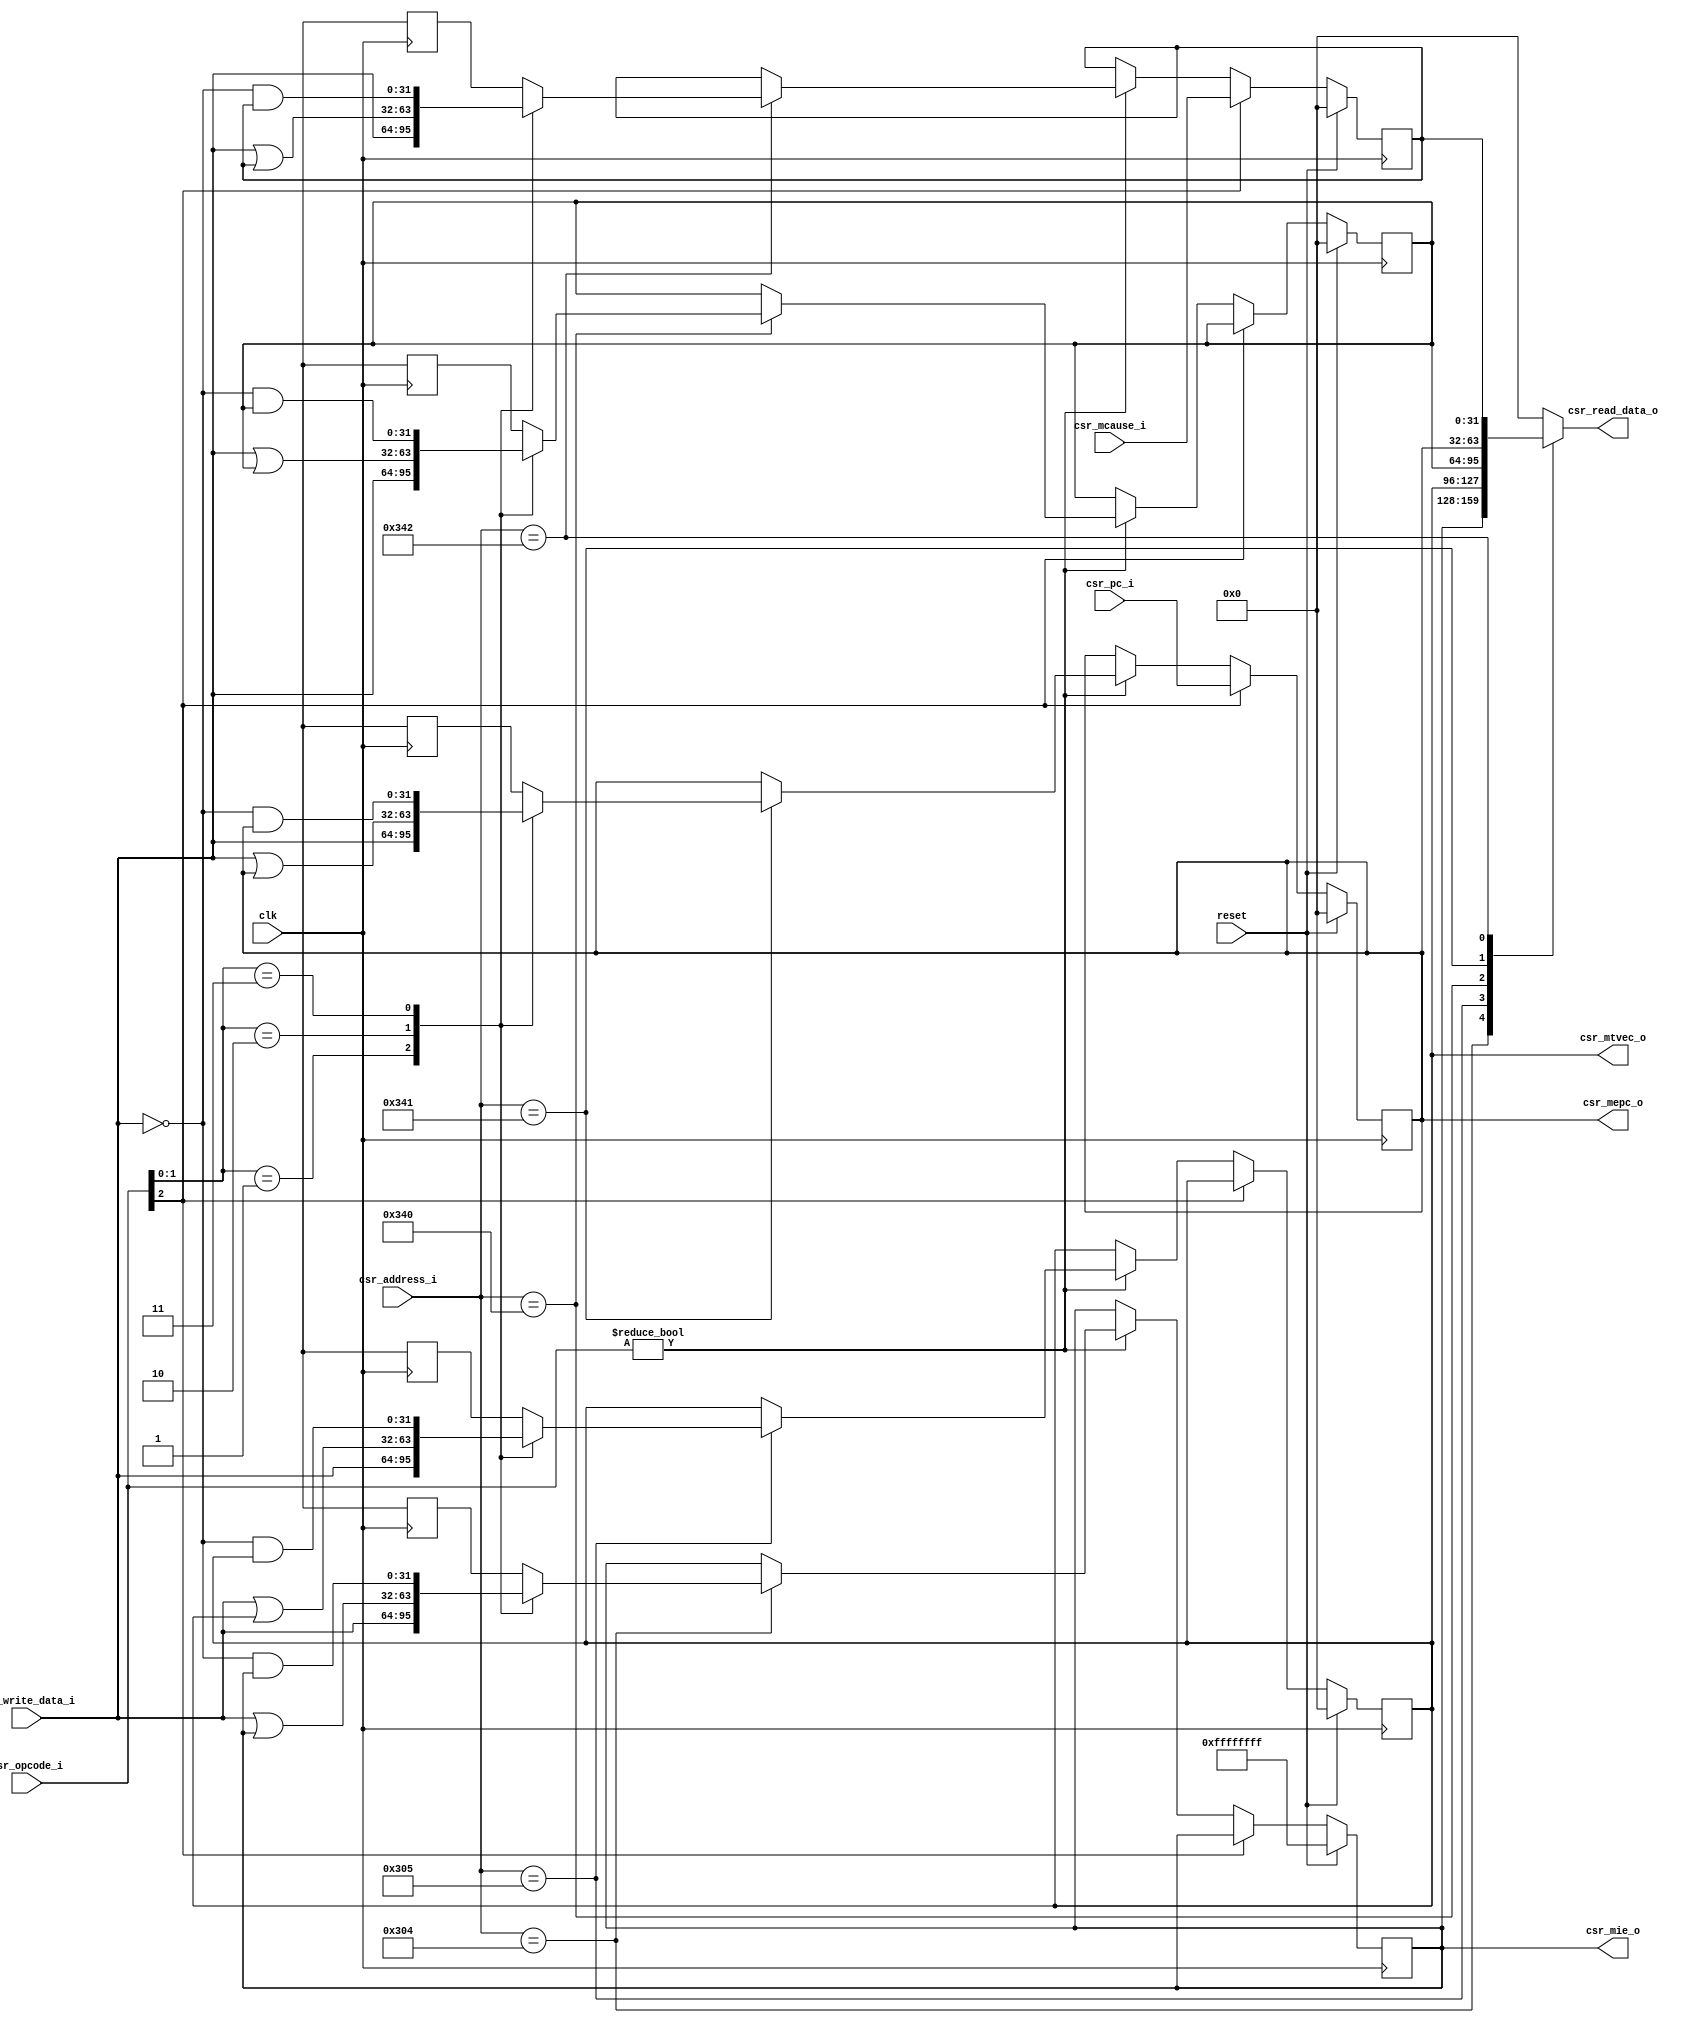
`timescale 1ns / 1ps
////////////////////////////////////////////////////////////////////////////////
// Company: Miet
// 
// Design Name: RISC-V
// Module Name: riscv_csr
// Project Name: RISC-V
// Target Devices: any
// Tool Versions: 2021.2
// Description:
//   sync module
//
// Parameters:
//
// Dependencies:
// 
// Revision: v1.0
//  - v0.1 - file Created
//  - v1.0 - done for stage-6
//
// Additional Comments:
// 
////////////////////////////////////////////////////////////////////////////////

module miriscv_csr(clk, reset, csr_opcode_i, csr_mcause_i, csr_pc_i,
    csr_address_i, csr_write_data_i, csr_mie_o, csr_mtvec_o, csr_mepc_o,
    csr_read_data_o);

// ---------------------------------- CSR I/O ----------------------------------
input           clk;
/*

*/
input           reset;
/*

*/

input   [2:0]   csr_opcode_i;
/*
    opcode for csr
    csr_opcode_i[2]:
      1: new interrupt occured, and `csr_pc_i` will be placed to `mepc` register
        and `csr_mcause_i` will be placed to `mcause` register
      0: currently no interruptions

    csr_opcode_i[1:0]:
      00: csr is disabled
      01: csrrw instruction operation
      10: csrrs instruction operation
      11: csrrc instruction operation
*/
input   [31:0]  csr_mcause_i;
/*
    interrupt cause (from interrupt controller)
*/
input   [31:0]  csr_pc_i;
/*
    program counter value to save it to `mepc` register
*/
input   [11:0]  csr_address_i;
/*
    address of csr register to read/write from
*/
input   [31:0]  csr_write_data_i;
/*
    data to write to csr registers
*/

output  [31:0]  csr_mie_o;
/*
    mask interrupt enable - mask shows which interrupts are disabled or enabled
*/
output  [31:0]  csr_mtvec_o;
/*
    forwarded value from mtvec register
*/
output  [31:0]  csr_mepc_o;
/*
    forwaeded value from mepc register
*/
output  [31:0]  csr_read_data_o;
/*
    data read from register by `address` address
*/

// =============================================================================
// --------------------------------- REGISTERS ---------------------------------
reg     [31:0]  mie;
/*
    machine interrupt-enable register - mask shows which interrupts are disabled
    or enabled
*/
reg     [31:0]  mtvec;
/*
    machine trap-handler base address - addres of interrupt handler subroutine
*/
reg     [31:0]  mscratch;
/*
    scratch register for trap handlers - address of stack top for interrupt
    handler to save registers values
*/
reg     [31:0]  mepc;
/*
    machine exception program counter - address of instruction where exception
    accured
*/
reg     [31:0]  mcause;
/*
    machine trap cause - id of interrution
*/

// -------------------------------- WIRE ASSIGNS -------------------------------
assign  csr_mie_o       = mie;
assign  csr_mtvec_o     = mtvec;
assign  csr_mepc_o      = mepc;
assign  csr_read_data_o = get_reg(csr_address_i);

// -------------------------------- MAIN BLOCK ---------------------------------

always @(posedge clk) begin
    if (reset) begin
        mie         <= ~(32'd0);
        mtvec       <= 32'd0;
        mscratch    <= 32'd0;
        mepc        <= 32'd0;
        mcause      <= 32'd0;
    end else if (csr_opcode_i[2]) begin
        mepc        <= csr_pc_i;
        mcause      <= csr_mcause_i;
    end else if (csr_opcode_i != 2'd0) begin
        case (csr_address_i)
            12'h304: mie      <= do_instr(mie);
            12'h305: mtvec    <= do_instr(mtvec);
            12'h340: mscratch <= do_instr(mscratch);
            12'h341: mepc     <= do_instr(mepc);
            12'h342: mcause   <= do_instr(mcause);
        endcase
    end
end

// --------------------------------- FUNCTIONS ---------------------------------
function automatic [31:0] do_instr;
/*

*/
    input   [31:0]  reg_val;

    begin
        case (csr_opcode_i[1:0])
            2'd1: do_instr = csr_write_data_i;
            2'd2: do_instr = csr_write_data_i | reg_val;
            2'd3: do_instr = ~csr_write_data_i & reg_val;
        endcase
    end
endfunction

function automatic [31:0] get_reg;
/*

*/
    input   [11:0]  address;

    begin
        case (address)
            12'h304: get_reg = mie;
            12'h305: get_reg = mtvec;
            12'h340: get_reg = mscratch;
            12'h341: get_reg = mepc;
            12'h342: get_reg = mcause;
            default: get_reg = 32'd0;
        endcase
    end
endfunction

endmodule